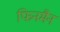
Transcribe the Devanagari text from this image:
फिनमैन